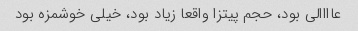
عاااالی بود، حجم پیتزا واقعا زیاد بود، خیلی خوشمزه بود